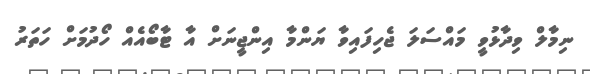
ނިމާލް ވިދާޅުވީ މައްސަލަ ޖެހިފައިވާ ޔަންމާ އިންޖީނަށް އާ ޓާބޯއެއް ހޯދުމަށް ހަތަރު